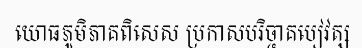
យោធភូមិភាគពិសេស ប្រកាសបរិច្ចាគបៀវត្ស